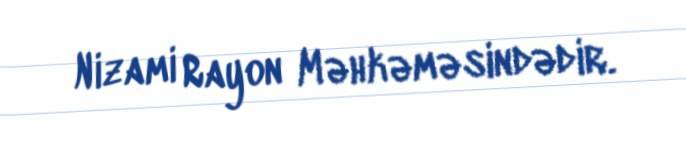
Nizami Rayon Məhkəməsindədir.